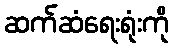
ဆက်ဆံရေးရုံးကို